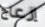
إزعاج